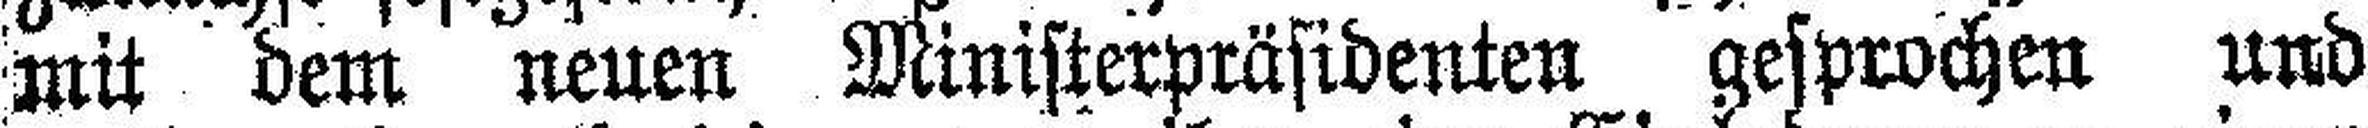
mit dem neuen Ministerpräsidenten gesprochen und